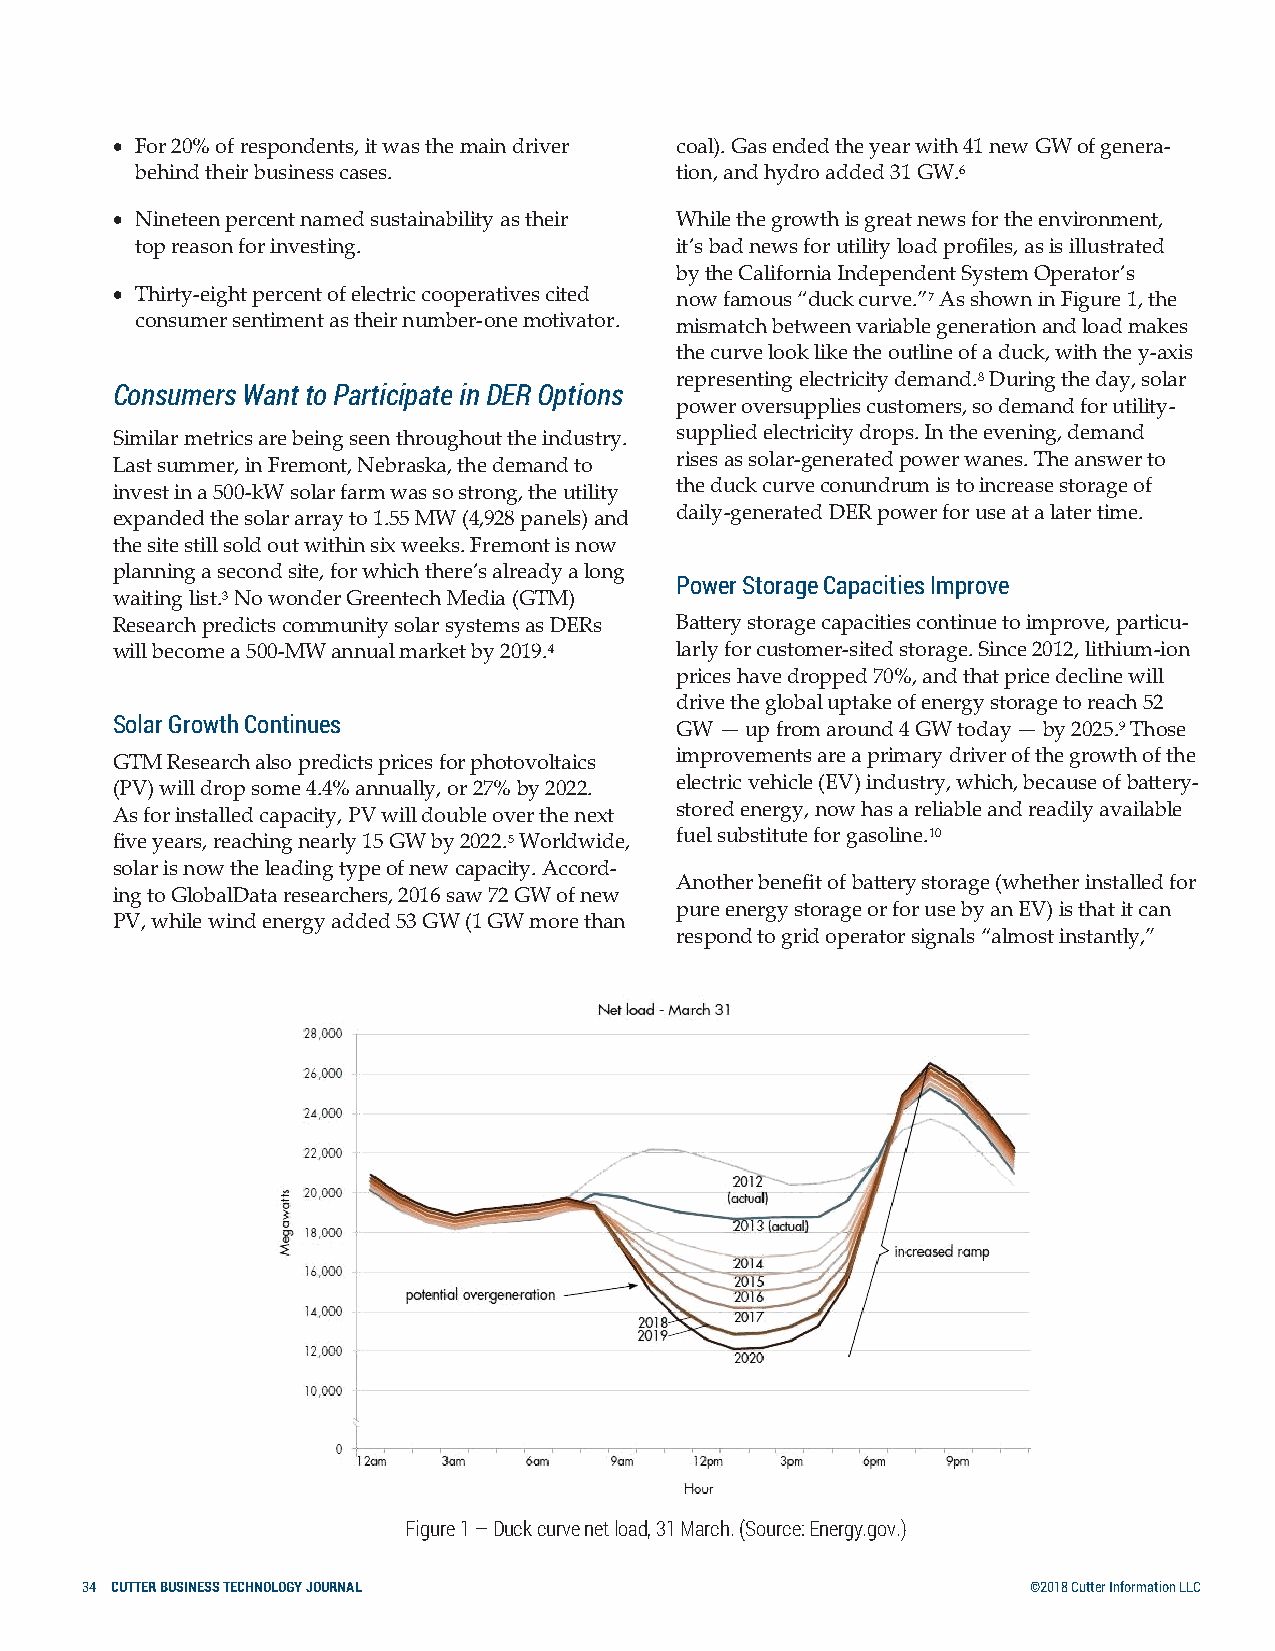
• For 20% of respondents, it was the main driver coal). Gas ended the year with 41 new GW of genera-
 behind their business cases.        tion, and hydro added 31 GW.6
 • Nineteen percent named sustainability as their While the growth is great news for the environment,
 top reason for investing.           it’s bad news for utility load profiles, as is illustrated
 by the California Independent System Operator’s
 • Thirty-eight percent of electric cooperatives cited now famous “duck curve.”7 As shown in Figure 1, the
 consumer sentiment as their number-one motivator. mismatch between variable generation and load makes
 the curve look like the outline of a duck, with the y-axis
 representing electricity demand.8 During the day, solar
 Consumers Want to Participate in DER Options
 power oversupplies customers, so demand for utility-
 Similar metrics are being seen throughout the industry. supplied electricity drops. In the evening, demand
 Last summer, in Fremont, Nebraska, the demand to rises as solar-generated power wanes. The answer to
 invest in a 500-kW solar farm was so strong, the utility the duck curve conundrum is to increase storage of
 expanded the solar array to 1.55 MW (4,928 panels) and daily-generated DER power for use at a later time.
 the site still sold out within six weeks. Fremont is now
 planning a second site, for which there’s already a long
 Power Storage Capacities Improve
 waiting list.3 No wonder Greentech Media (GTM)
 Research predicts community solar systems as DERs Battery storage capacities continue to improve, particu-
 will become a 500-MW annual market by 2019.4 larly for customer-sited storage. Since 2012, lithium-ion
 prices have dropped 70%, and that price decline will
 drive the global uptake of energy storage to reach 52
 Solar Growth Continues                GW — up from around 4 GW today — by 2025.9 Those
 GTM Research also predicts prices for photovoltaics improvements are a primary driver of the growth of the
 (PV) will drop some 4.4% annually, or 27% by 2022. electric vehicle (EV) industry, which, because of battery-
 As for installed capacity, PV will double over the next stored energy, now has a reliable and readily available
 five years, reaching nearly 15 GW by 2022.5 Worldwide, fuel substitute for gasoline.10
 solar is now the leading type of new capacity. Accord-
 Another benefit of battery storage (whether installed for
 ing to GlobalData researchers, 2016 saw 72 GW of new
 pure energy storage or for use by an EV) is that it can
 PV, while wind energy added 53 GW (1 GW more than
 respond to grid operator signals “almost instantly,”
 Figure 1 — Duck curve net load, 31 March. (Source: Energy.gov.)
 34 CUTTER BUSINESS TECHNOLOGY JOURNAL                          ©2018 Cutter Information LLC